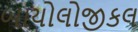
બાયોલોજીકલ